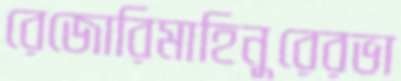
রেজোরিমাহিনুরেরভা